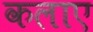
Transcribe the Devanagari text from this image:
कलाए